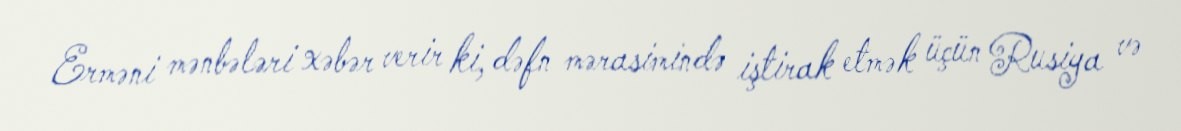
Erməni mənbələri xəbər verir ki, dəfn mərasimində iştirak etmək üçün Rusiya və